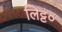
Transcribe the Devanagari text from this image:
लिट्ट०